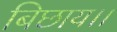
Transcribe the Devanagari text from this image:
बिछाय।।